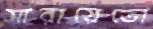
সারায়েভো